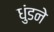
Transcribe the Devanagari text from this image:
धुंडने